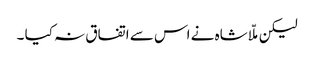
لیکن ملّا شاہ نے اس سے اتفاق نہ کیا ۔